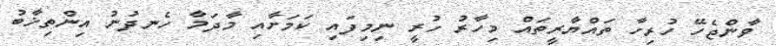
ވާންޖެހޭ ހުރިހާ ތައްޔާރީތައް މިހާރު ހުރީ ނިމިފައި ކަމަށާއި މާދަމާ ހެނދުނު އިންތިޚާބު